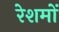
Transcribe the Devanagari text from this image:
रेशमों